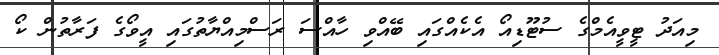
މިއަދު ޓީވީއެމްގެ ސުޓޫޑިއޯ އެކެއްގައި ބޭއްވި ހާއްސަ ރަސްމިއްޔާތުގައި އީވޯގެ ފަރާތުން ކޯ